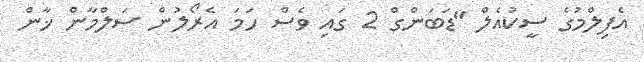
އެފިލްމުގެ ސީކުއެލް "ޑަބަންގް 2 ގައި ވެސް ހަމަ އެރޯލުން ސަލްމާން ޚާން